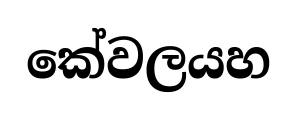
කේවලයහ